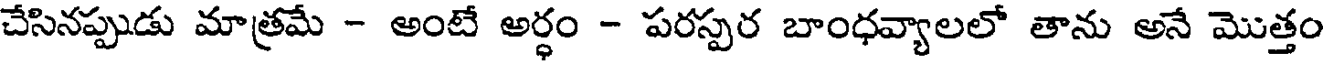
చేసినప్పుడు మాత్రమే - అంటే అర్ధం - పరస్పర బాంధవ్యాలలో తాను అనే మొత్తం